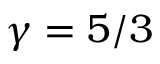
\gamma = 5 / 3